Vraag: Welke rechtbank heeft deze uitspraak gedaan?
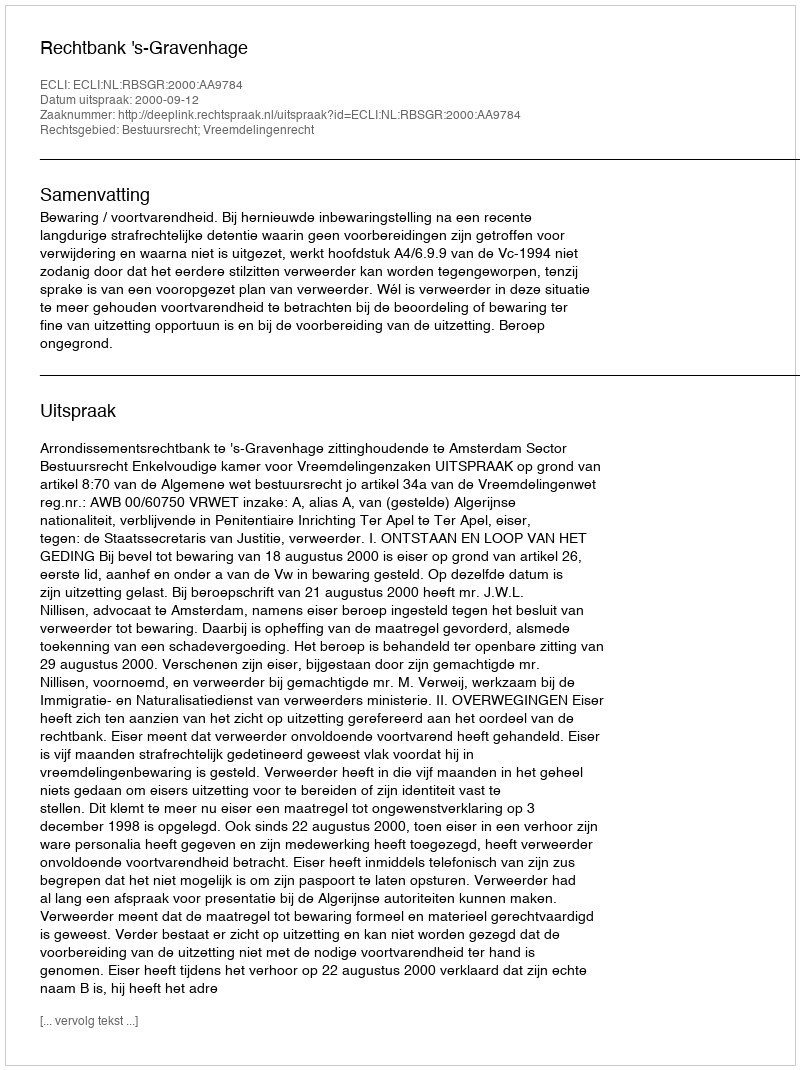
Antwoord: Rechtbank 's-Gravenhage